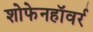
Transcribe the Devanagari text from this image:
शोफेनहॉवर्र